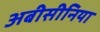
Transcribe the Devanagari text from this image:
अबीसीनिया